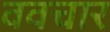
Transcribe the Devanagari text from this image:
ववचार